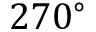
2 7 0 ^ { \circ }